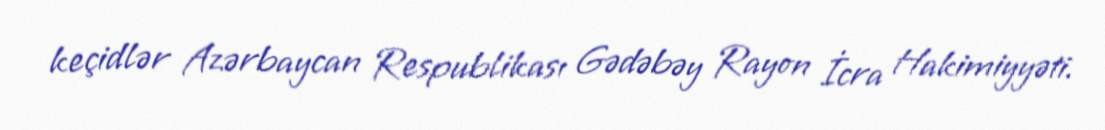
keçidlər Azərbaycan Respublikası Gədəbəy Rayon İcra Hakimiyyəti.